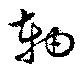
軸